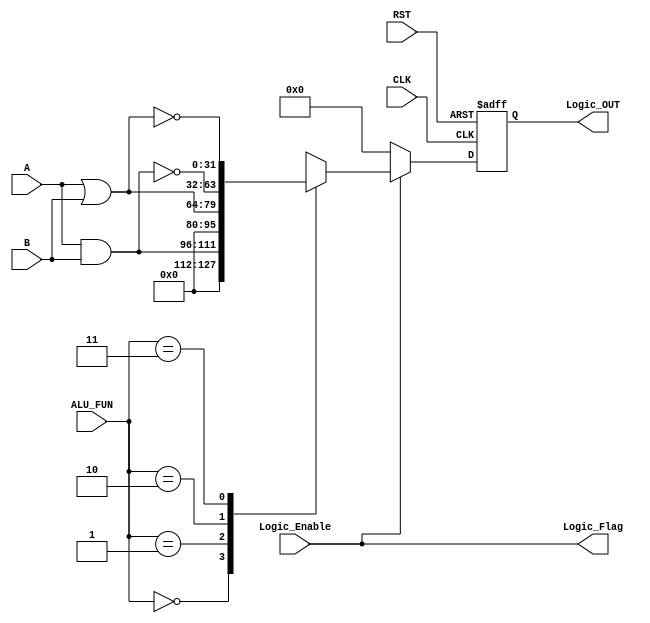

module LOGIC_UNIT  #(parameter Operand_SIZE = 16, parameter ALU_OUT = 32) (

input wire [Operand_SIZE-1 :0] A,
input wire [Operand_SIZE-1 :0] B,
input wire [1:0] ALU_FUN,

input wire CLK,
input wire Logic_Enable,
input wire RST,

output reg [ALU_OUT-1:0] Logic_OUT,
output wire  Logic_Flag );

always@(posedge CLK or negedge RST)
  begin
	if ( !RST )
	  begin
		  Logic_OUT <= 'd0;
		end
	else
	  begin
	    if(Logic_Enable)
			  begin
				case (ALU_FUN)
				
					2'b00:
							begin
							  Logic_OUT <=  A&B ;
							end
					2'b01:
							begin
							  Logic_OUT <=  A|B ;
							end
					2'b10:
							begin
							  Logic_OUT <=  ~(A&B) ;
							end
					2'b11:
							begin
							  Logic_OUT <=  ~(A|B) ;
							end
					default: 
							begin
							  Logic_OUT <=  A&B ;
							end
					endcase
				end
		else
		 begin
			Logic_OUT <='d0;
		 end			
	        end
   end
   assign Logic_Flag = (Logic_Enable == 1'b1);
  endmodule